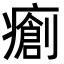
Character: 𤺨